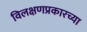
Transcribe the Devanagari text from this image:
विलक्षणप्रकारच्या